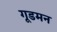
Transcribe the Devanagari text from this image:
गूडमन